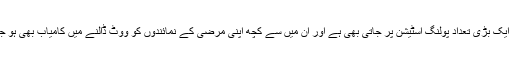
عوام کی ایک بڑی تعداد پولنگ اسٹیشن پر جاتی بھی ہے اور اُن میں سے کچھ اپنی مرضی کے نمائندوں کو ووٹ ڈالنے میں کامیاب بھی ہو جاتی ہے۔